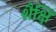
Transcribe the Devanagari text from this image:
शैक्षि